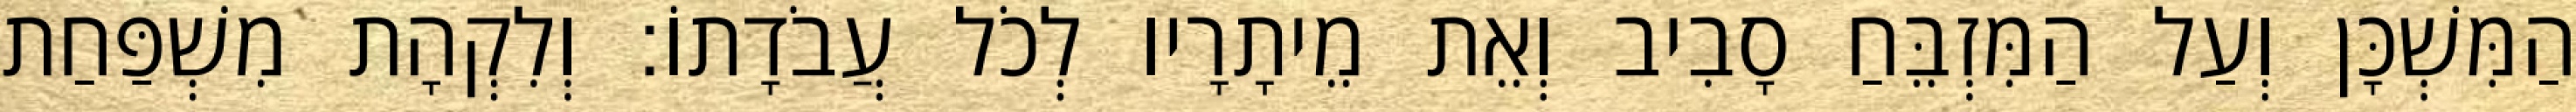
הַמִּשְׁכָּן וְעַל הַמִּזְבֵּחַ סָבִיב וְאֵת מֵיתָרָיו לְכֹל עֲבֹדָתוֹ׃ וְלִקְהָת מִשְׁפַּחַת